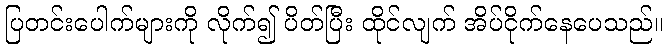
ပြတင်းပေါက်များကို လိုက်၍ ပိတ်ပြီး ထိုင်လျက် အိပ်ငိုက်နေပေသည်။